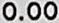
0.00